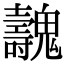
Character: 魗